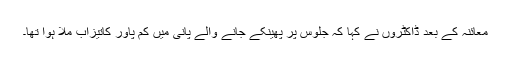
معائنہ کے بعد ڈاکٹروں نے کہا کہ جلوس پر پھینکے جانے والے پانی میں کم پاور کاتیزاب ملا ہوا تھا۔